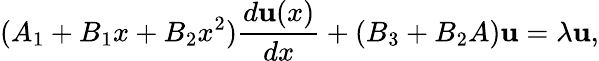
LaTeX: (A_{1}+B_{1}x+B_{2}x^{2}){\frac{d{\mathbf u}(x)}{dx}}+(B_{3}+B_{2}A){\mathbf u}=\lambda{\mathbf u},